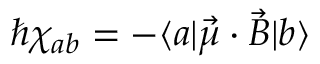
\hbar \chi _ { a b } = - \langle a | \vec { \mu } \cdot \vec { B } | b \rangle